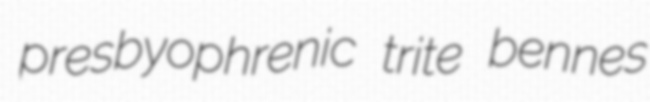
presbyophrenic trite bennes